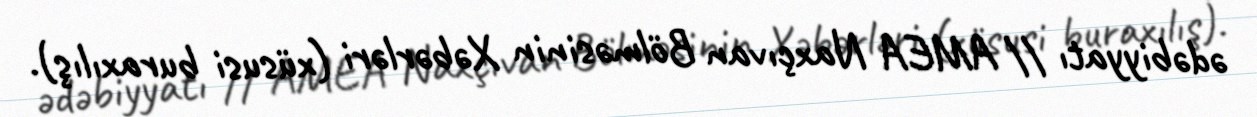
ədəbiyyatı // AMEA Naxçıvan Bölməsinin Xəbərləri (xüsusi buraxılış).